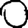
Digit: 0